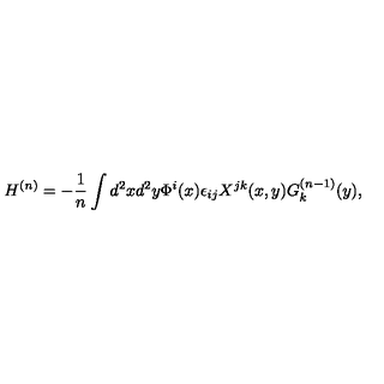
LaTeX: H ^ { ( n ) } = - \frac { 1 } { n } \int d ^ { 2 } x d ^ { 2 } y \Phi ^ { i } ( x ) \epsilon _ { i j } X ^ { j k } ( x , y ) G _ { k } ^ { ( n - 1 ) } ( y ) ,